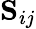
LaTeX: \mathrm{\mathbf S}_{ij}